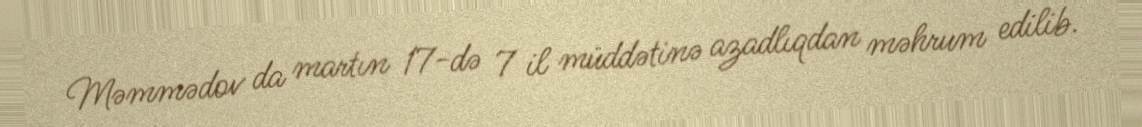
Məmmədov da martın 17-də 7 il müddətinə azadlıqdan məhrum edilib.